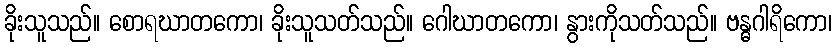
ခိုးသူသည်။ စောရဃာတကော၊ ခိုးသူသတ်သည်။ ဂေါဃာတကော၊ နွားကိုသတ်သည်။ ဗန္ဓဂါရိကော၊